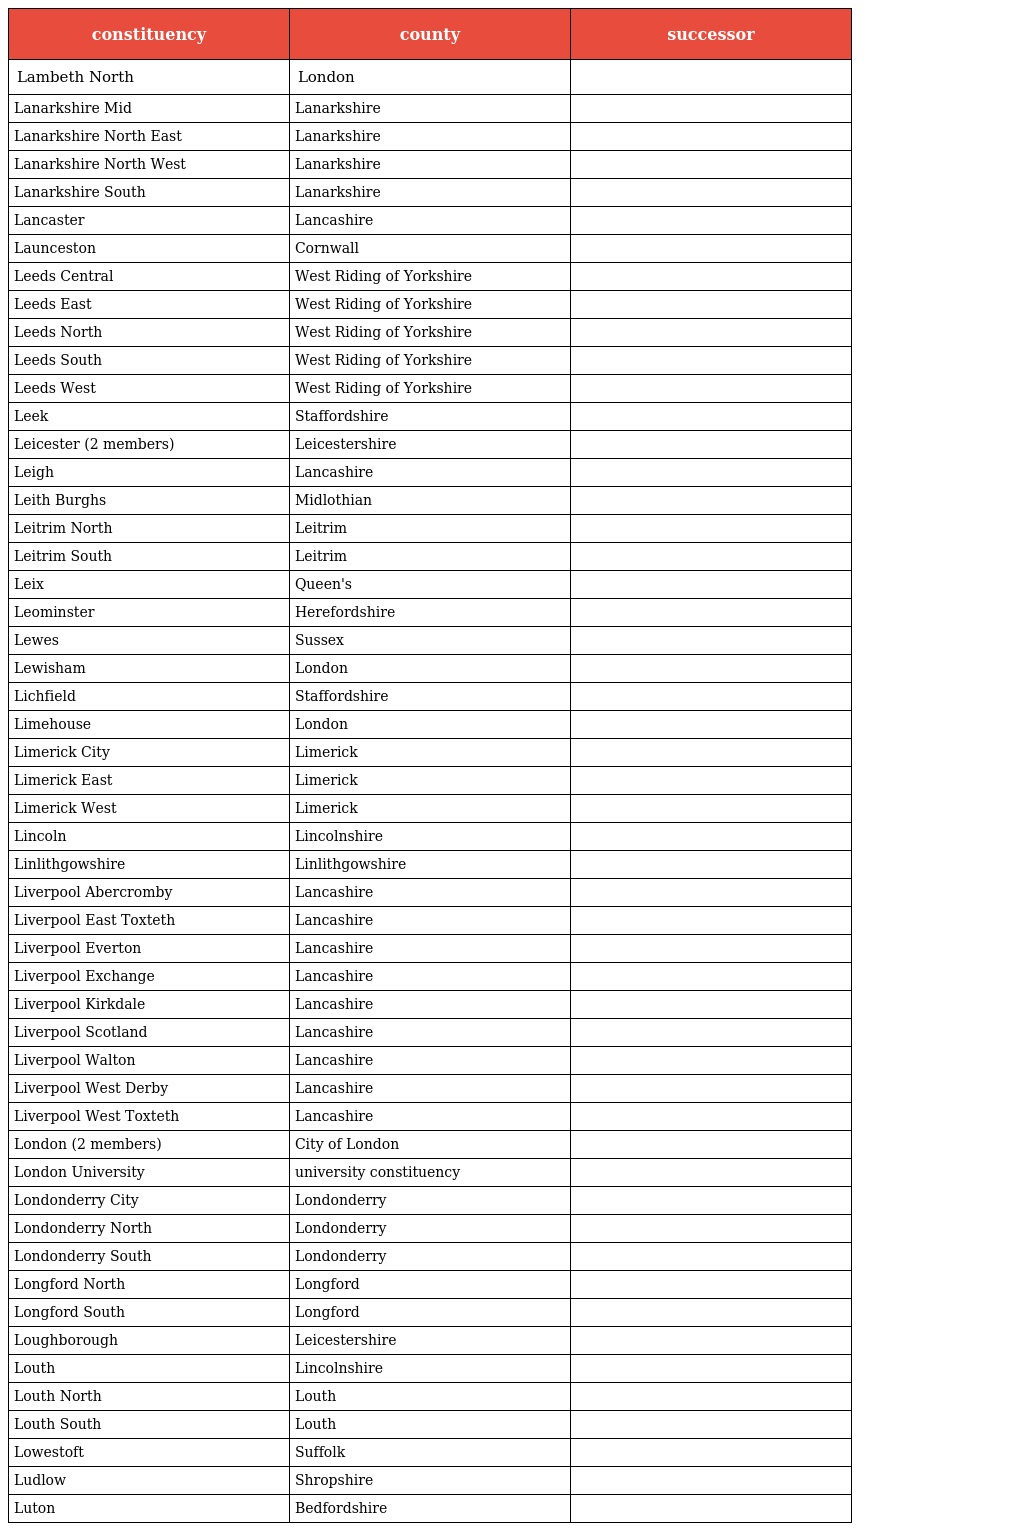
| constituency | county | successor |
 | --- | --- | --- |
 | Lambeth North | London |  |
 | Lanarkshire Mid | Lanarkshire |  |
 | Lanarkshire North East | Lanarkshire |  |
 | Lanarkshire North West | Lanarkshire |  |
 | Lanarkshire South | Lanarkshire |  |
 | Lancaster | Lancashire |  |
 | Launceston | Cornwall |  |
 | Leeds Central | West Riding of Yorkshire |  |
 | Leeds East | West Riding of Yorkshire |  |
 | Leeds North | West Riding of Yorkshire |  |
 | Leeds South | West Riding of Yorkshire |  |
 | Leeds West | West Riding of Yorkshire |  |
 | Leek | Staffordshire |  |
 | Leicester (2 members) | Leicestershire |  |
 | Leigh | Lancashire |  |
 | Leith Burghs | Midlothian |  |
 | Leitrim North | Leitrim |  |
 | Leitrim South | Leitrim |  |
 | Leix | Queen's |  |
 | Leominster | Herefordshire |  |
 | Lewes | Sussex |  |
 | Lewisham | London |  |
 | Lichfield | Staffordshire |  |
 | Limehouse | London |  |
 | Limerick City | Limerick |  |
 | Limerick East | Limerick |  |
 | Limerick West | Limerick |  |
 | Lincoln | Lincolnshire |  |
 | Linlithgowshire | Linlithgowshire |  |
 | Liverpool Abercromby | Lancashire |  |
 | Liverpool East Toxteth | Lancashire |  |
 | Liverpool Everton | Lancashire |  |
 | Liverpool Exchange | Lancashire |  |
 | Liverpool Kirkdale | Lancashire |  |
 | Liverpool Scotland | Lancashire |  |
 | Liverpool Walton | Lancashire |  |
 | Liverpool West Derby | Lancashire |  |
 | Liverpool West Toxteth | Lancashire |  |
 | London (2 members) | City of London |  |
 | London University | university constituency |  |
 | Londonderry City | Londonderry |  |
 | Londonderry North | Londonderry |  |
 | Londonderry South | Londonderry |  |
 | Longford North | Longford |  |
 | Longford South | Longford |  |
 | Loughborough | Leicestershire |  |
 | Louth | Lincolnshire |  |
 | Louth North | Louth |  |
 | Louth South | Louth |  |
 | Lowestoft | Suffolk |  |
 | Ludlow | Shropshire |  |
 | Luton | Bedfordshire |  |